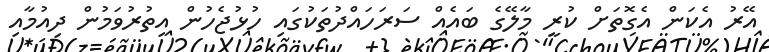
އޭރު އެކަން އެގޮތަށް ކުރީ މާލޭގެ ބައެއް ސަރަހައްދުތަކުގައި ހުޅުޖެހުން އިތުރުވަމުން ދިއުމާއި